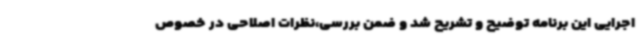
اجرایی این برنامه توضیح و تشریح شد و ضمن بررسی،نظرات اصلاحی در خصوص